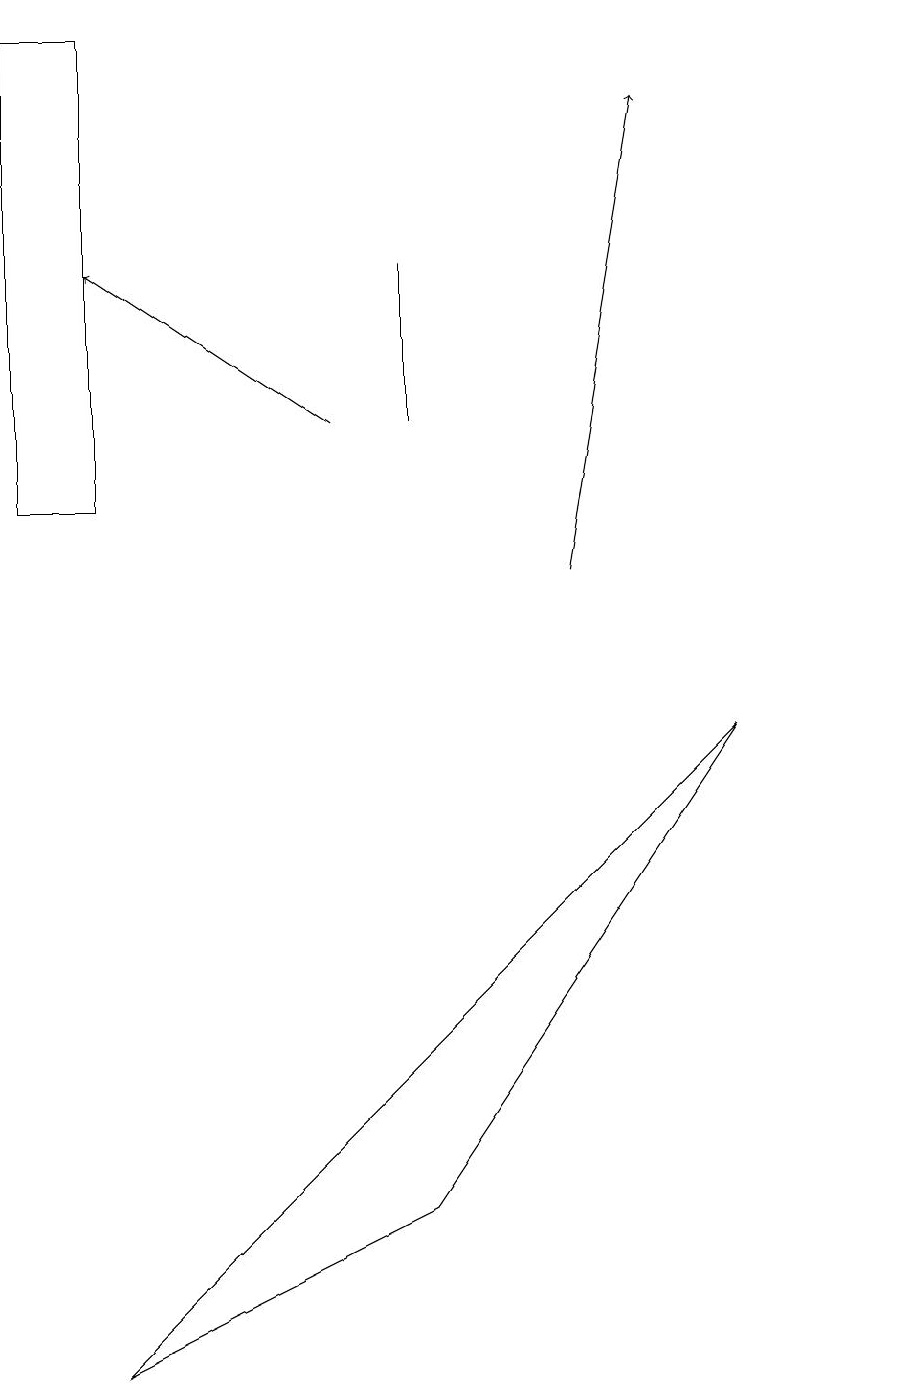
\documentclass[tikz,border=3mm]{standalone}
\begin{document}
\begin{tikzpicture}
\draw (0,11) rectangle (1,17);
\draw (11,10) circle (0);
\draw[->] (4,12) -- (1,14);
\draw (9,8) -- (5,2) -- (1,0) -- cycle;
\draw (5,14) rectangle (5,12);
\draw[->] (7,10) -- (8,16);
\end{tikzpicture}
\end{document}